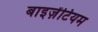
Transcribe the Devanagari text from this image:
बाइज़ेंटियम